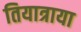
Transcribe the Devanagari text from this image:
तियात्राया